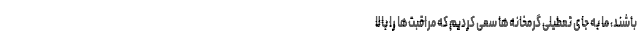
باشند، ما به جای تعطیلی گرمخانه‌ها سعی کردیم که مراقبت‌ها را بالا